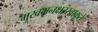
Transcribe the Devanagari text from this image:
मुखमनक्षरंस्वाकृते